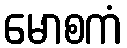
မောစကံ